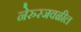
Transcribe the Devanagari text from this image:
नेरुरजवळील